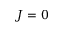
J = 0